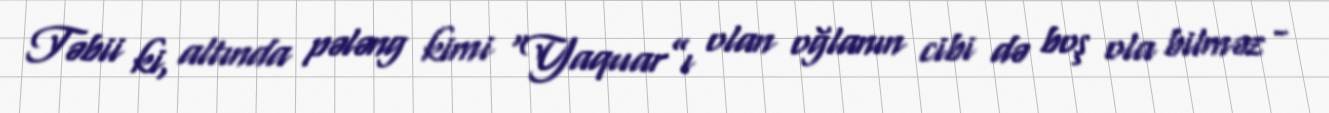
Təbii ki, altında pələng kimi “Yaquar”ı olan oğlanın cibi də boş ola bilməz -